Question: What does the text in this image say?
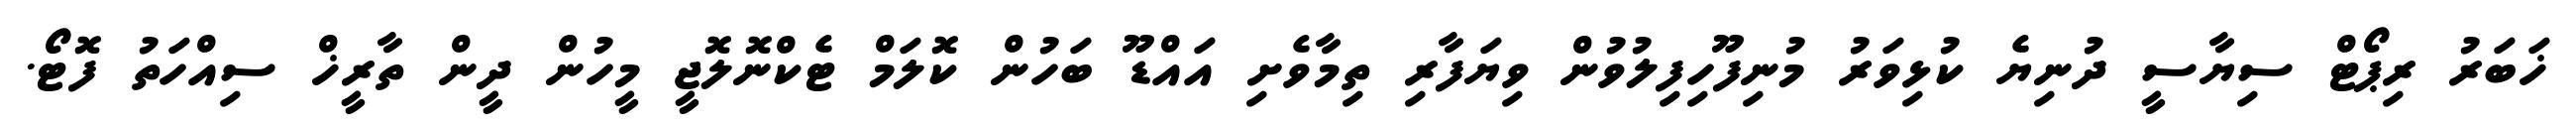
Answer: ޚަބަރު ރިޕޯޓް ސިޔާސީ ދުނިޔެ ކުޅިވަރު މުނިފޫހިފިލުވުން ވިޔަފާރި ތިމާވެށި އައްޑޫ ބަހުން ކޮލަމް ޓެކްނޮލޮޖީ މީހުން ދީން ތާރީޚް ސިއްހަތު ފޮޓޯ.